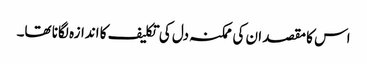
اس کا مقصد ان کی ممکنہ دل کی تکلیف کا اندازہ لگانا تھا۔